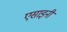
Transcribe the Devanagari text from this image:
एसाइनी